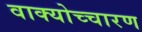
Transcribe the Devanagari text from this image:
वाक्योच्चारण